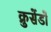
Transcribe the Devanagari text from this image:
क्रुसेंडों